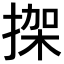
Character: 𢱌